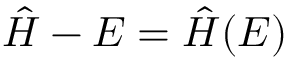
\hat { H } - E = \hat { H } ( E )